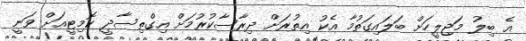
އެ ބިލު މަޖިލީހަށް ބަލައިގަތުމާ އެކު އިތުރަށް ދިރާސާކުރުމަށް އިގްތިސާދީ ކޮމިޓީއަށް ވަނީ